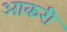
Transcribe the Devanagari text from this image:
आकरी